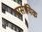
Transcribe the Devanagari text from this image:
रासायिक